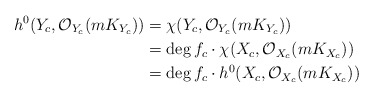
\begin{align*}h^0(Y_c, \mathcal O_{Y_c}(mK_{Y_c}))&=\chi (Y_c, \mathcal O_{Y_c}(mK_{Y_c})) \\& =\deg f_c\cdot \chi (X_c, \mathcal O_{X_c}(mK_{X_c})) \\& =\deg f_c \cdot h^0(X_c, \mathcal O_{X_c}(mK_{X_c}))\end{align*}